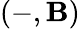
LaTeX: (-,\mathbf{B})